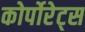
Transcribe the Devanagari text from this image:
कोर्पोरेट्स